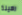
رهينة